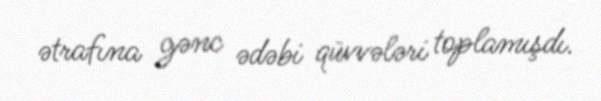
ətrafına gənc ədəbi qüvvələri toplamışdı.